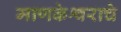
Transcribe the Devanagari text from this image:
माणकेश्वराचे